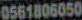
0561806050